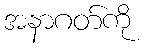
အနာဂတ်ကို